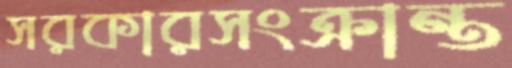
সরকারসংক্রান্ত